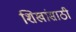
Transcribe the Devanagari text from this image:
शिखांसाठी